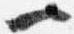
一